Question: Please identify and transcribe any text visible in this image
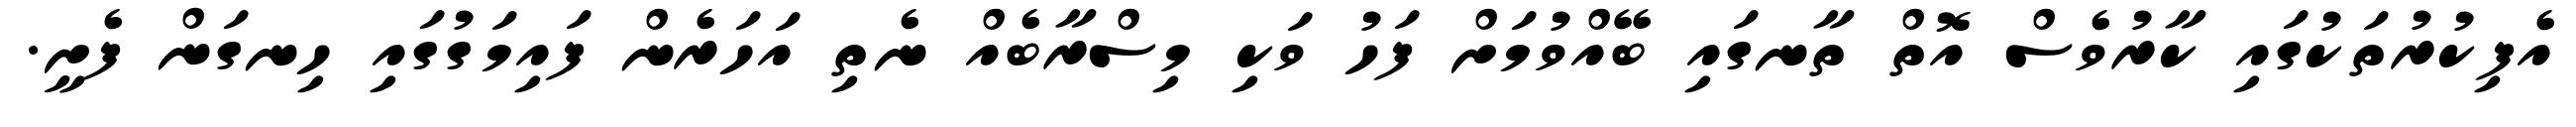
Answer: އެފިކުރުތަކުގައި ކާރުވެސް އޮތް ތާނގައި ބޭއްވުމަށް ފަހު ވަކި މިސްރާބެއް ނެތި އަހަރެން ފައިމަގުގައި ހިނގަން ފެށީ.